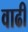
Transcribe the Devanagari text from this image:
वाढी